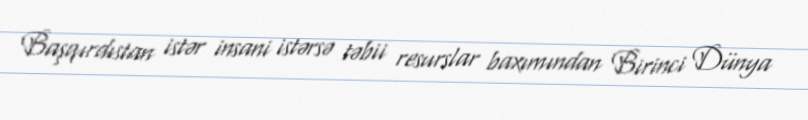
Başqırdıstan istər insani istərsə təbii resurslar baxımından Birinci Dünya